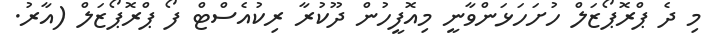
މި ދެ ޕްރޮޕޯޒަލް ހުށަހަޅަންވާނީ މިއޮފީހުން ދޫކުރާ ރިކުއެސްޓް ފޯ ޕްރޮޕޯޒަލް (އާރު.